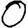
Digit: 0